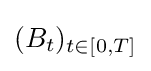
(B_{t})_{t\in [0,T]}